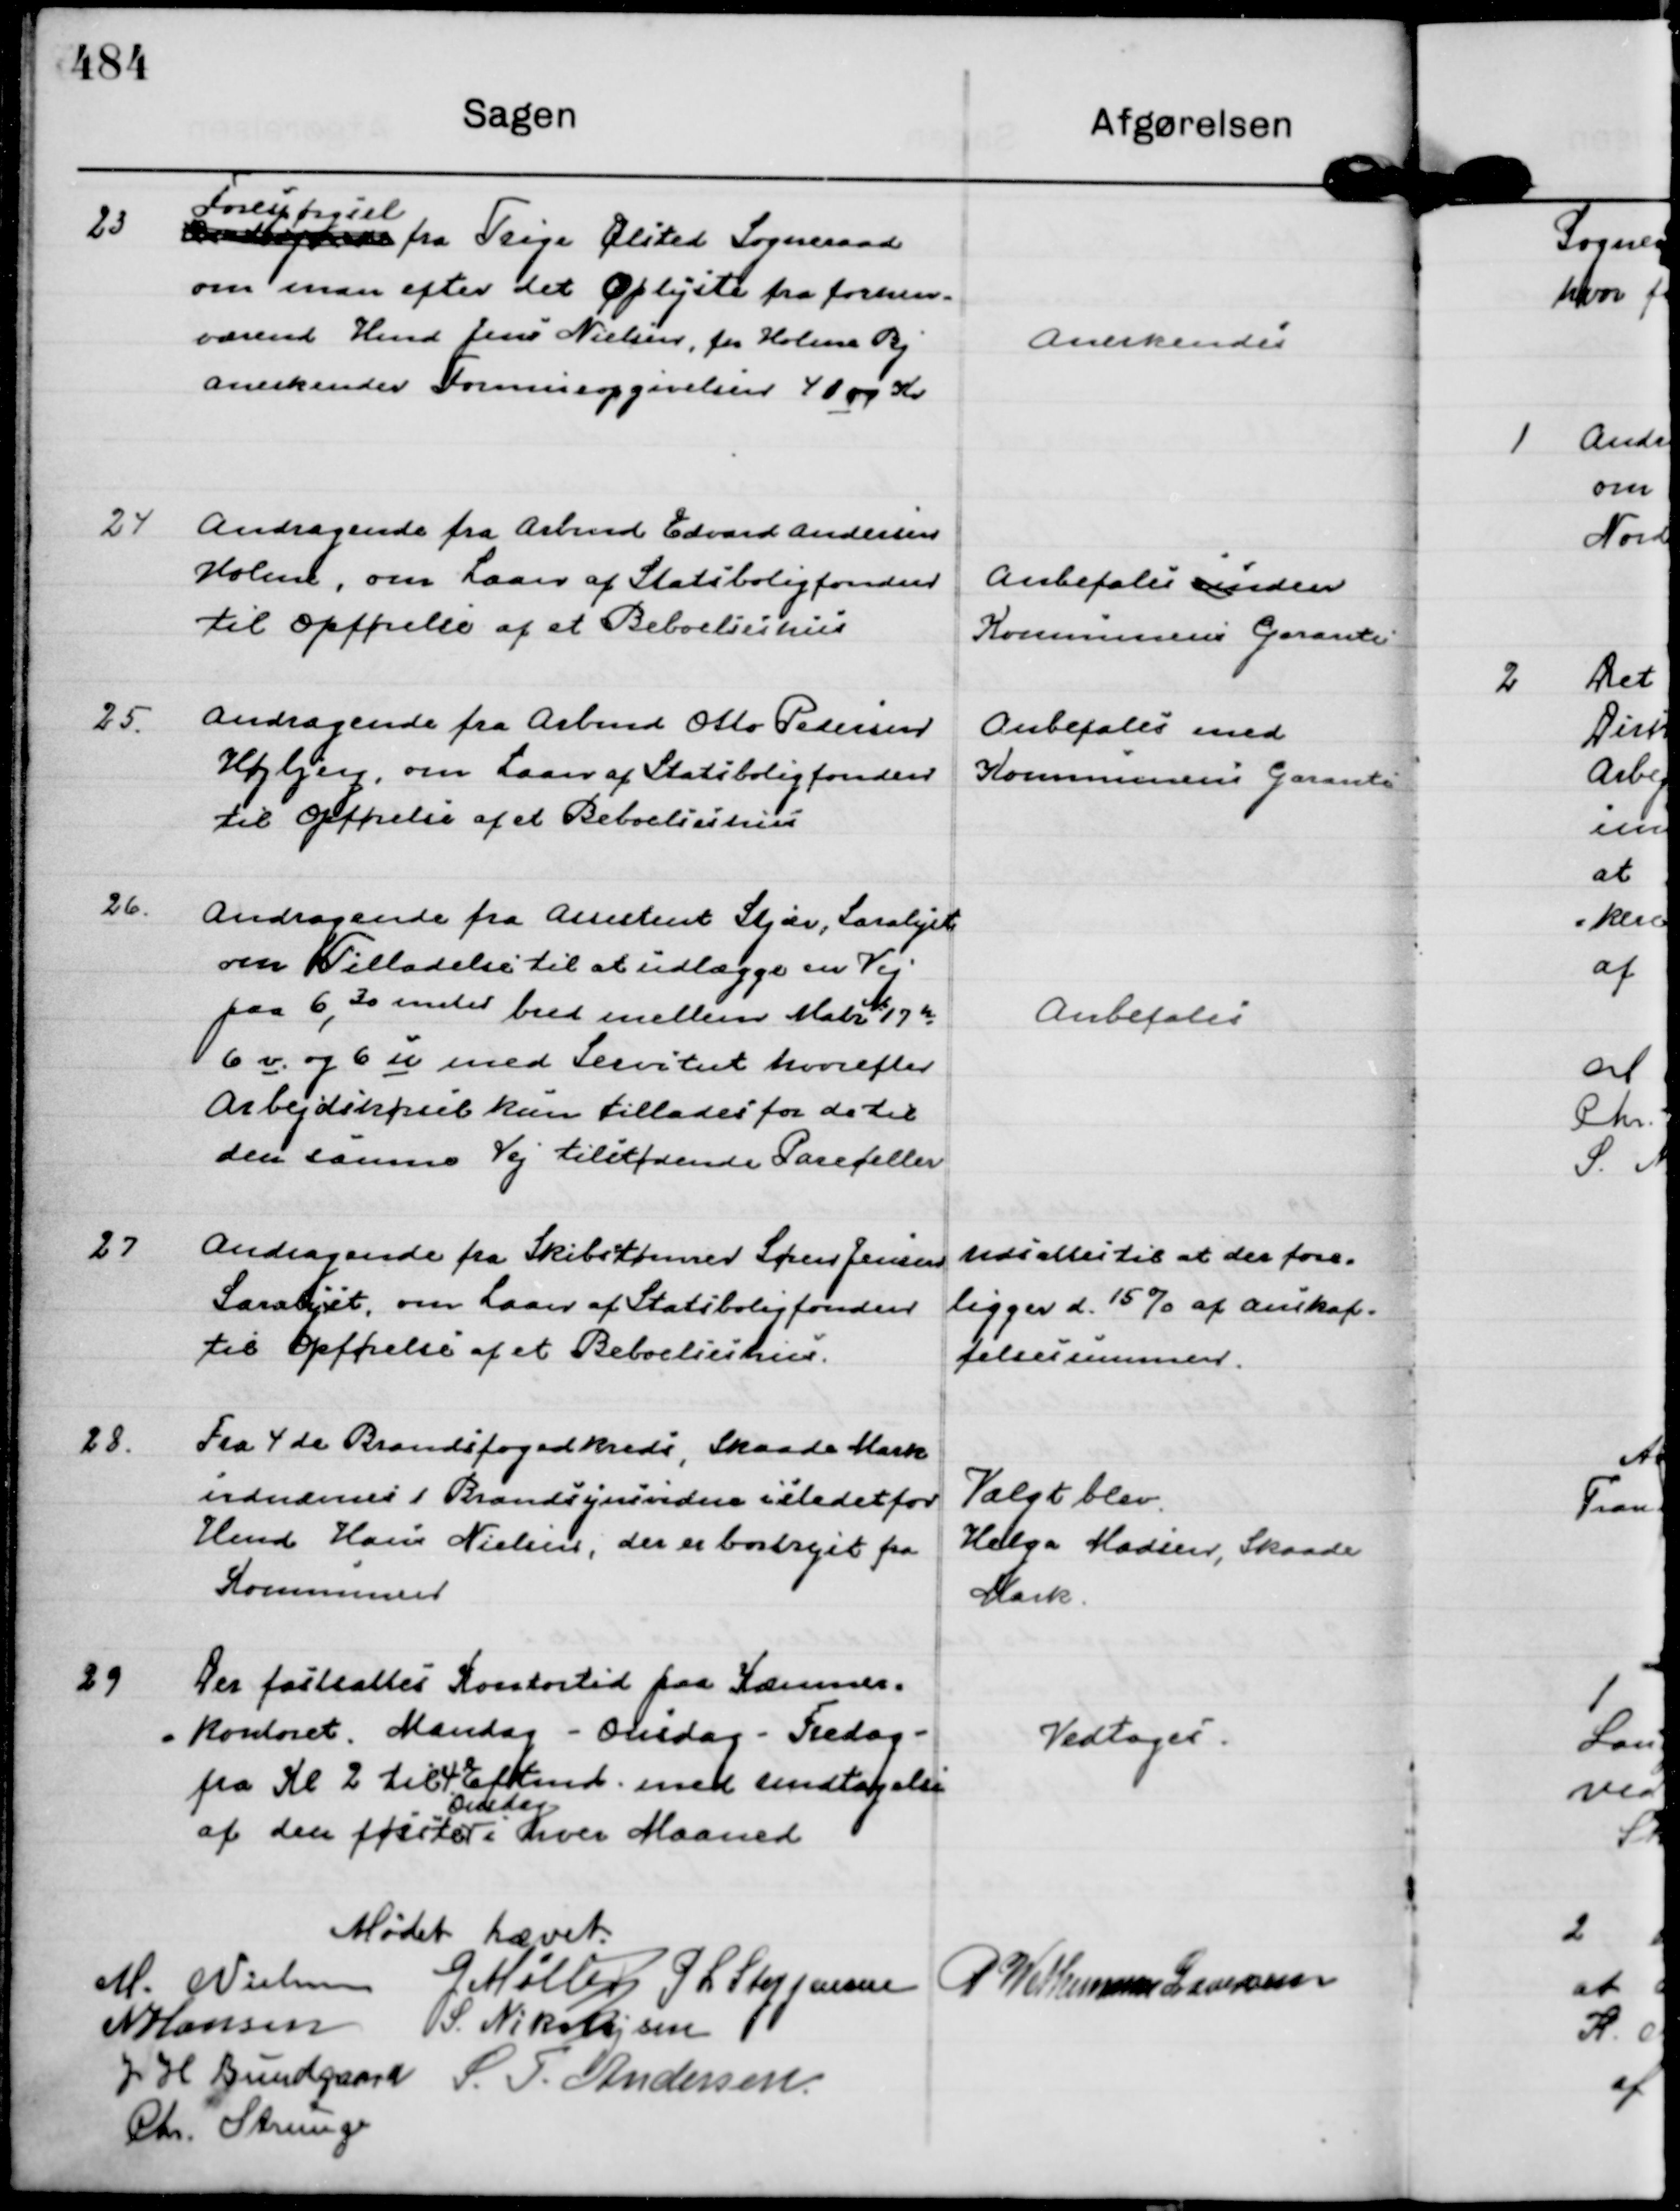
Transskription:
23
Andragende
Forespørgsel
fra Trige Ølsted Sogneraad
om man efter det Oplyste fra forhen-
værende Hmd Jens Nielsen, fra Holme Bj 
anerkender Formueopgørelsen 41 00 Kr

Anerkendes

24
Andragende fra Arbmd Edvard Andersen
Holme, om Laan af Statsboligfonden
til Opførelse af et Beboelseshus

Anbefales muden
Kommunens Garanti

25.
Andragende fra Arbmd Otto Pedersen
Højbjerg, om Laan af Statsboligfonden
til Opførelse af et Beboelseshus

Anbefales med
Kommunens Garanti

26.
Andragende fra Assistent Stjær, Saralyst
om Tilladelse til at udlægge en Vej
paa 6,30 meter bred mellem Matr No 17 h
6 v . og 6 u med Servitut hvorefter
Arbejdskørsel kun tillades for de til
den samme Vej tilhørende Pareceller

Anbefales

27
Andragende fra Skibstømrer Søren Jensen
Saralyst, om Laan af Statsboligfonden
til Opførelse af et Beboelseshus.

Udsættes til at der fore=
ligger d. 15% af anskaf=
felsessummen.

28.
Fra 4 de Brandfogedkreds, Skaade Mark
udnævnes 1 Brandsynsvidne istedetfor
Hmd Hans Nielsen, der er bortrejst fra
Kommunen

Valgt blev.
Helga Madsen, Skaade
Mark.

29
Der fastættes Kontortid paa Kæmner= 
=kontoret, Mandag - Onsdag - Fredag -  
fra Kl 2 til 4 Eftmd. med undtagelse
af den første
Onsdag
i hver Maaned

Vedtoges.

Mødet hævet.
M. Nielsen
G Møller
P L Steffensen
P Wethemann Graversen
N Hansen
S. Nikolajsen
J H Bundgaard
S. T. Andersen.
Chr. Strunge